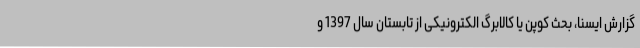
گزارش ایسنا، بحث کوپن یا کالابرگ الکترونیکی از تابستان سال 1397 و